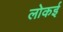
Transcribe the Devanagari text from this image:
लोकई